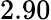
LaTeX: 2.90